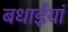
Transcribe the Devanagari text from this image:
बधाईयां